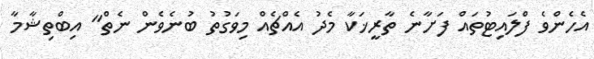
އެހެންވެ ފްލައިޓުތައް ފަށާނެ ތާރީޚަކާ މެދު އެއްޗެއް މިވަގުތު ބުނެވެން ނެތް" އިބްތިޝާމާ